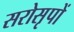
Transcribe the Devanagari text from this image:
सरोसृपों